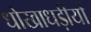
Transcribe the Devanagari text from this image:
धोखाधड़ीयों